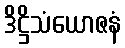
ဒိဋ္ဌိသံယောဇနံ